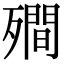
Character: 𭮣